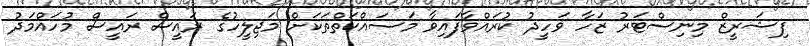
ފިޝަރީޒް މިނިސްޓަރު ޒަހާ ވަހީދު ކުރައްވާފައިވާ މަސައްކަތްތަކަށް މަޖިލީހުގެ ރައީސް ރައީސް މުހައްމަދު